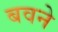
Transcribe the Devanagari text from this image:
बवने